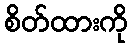
စိတ်ထားကို